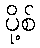
ပို့စ်